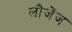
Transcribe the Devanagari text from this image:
लौजेंज